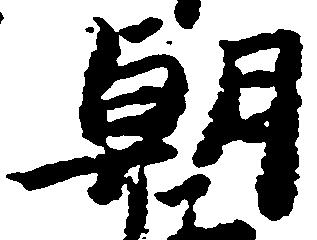
朝